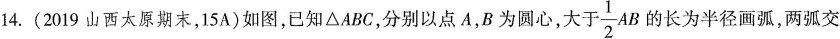
14.(2019山西太原期末，15A)如图，已知\triangle ABC，分别以点A，B为圆心，大 \frac{1}{2}AB的长为半径画弧，两弧交